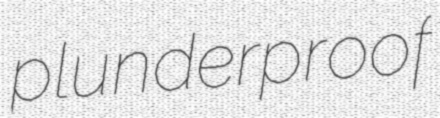
plunderproof